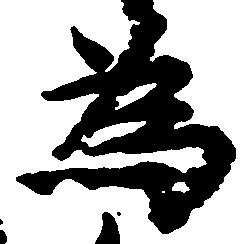
為